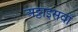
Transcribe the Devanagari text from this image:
अठ्ठाइसवाँ